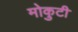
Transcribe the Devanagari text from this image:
मोकुटी